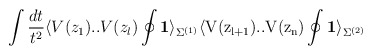
\begin{align*}\int\frac{dt}{t^2}\langle V(z_1). . V(z_l) \oint\bf{1} \rm\rangle_{\Sigma^{(1)}}\langle V(z_{l+1}). .V(z_{n})\oint\bf{1}\rm\rangle_{\Sigma^{(2)}}\end{align*}